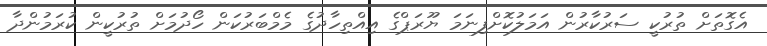
އެގޮތަށް ތުރުކީ ސަރުކާރުން އަމަލުކޮށްފިނަމަ ޔޫރަޕްގެ އިއްތިހާދުގެ މެމްބަރުކަން ހޯދުމަށް ތުރުކީން ކުރަމުންދާ